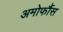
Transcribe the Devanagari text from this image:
अमोर्फौस